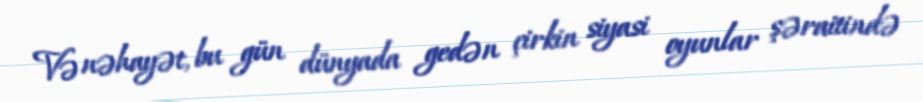
Və nəhayət, bu gün dünyada gedən çirkin siyasi oyunlar şəraitində